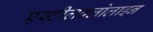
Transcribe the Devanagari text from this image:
एस्टीलक्लोलाइन